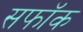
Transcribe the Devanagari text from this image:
सफॉक